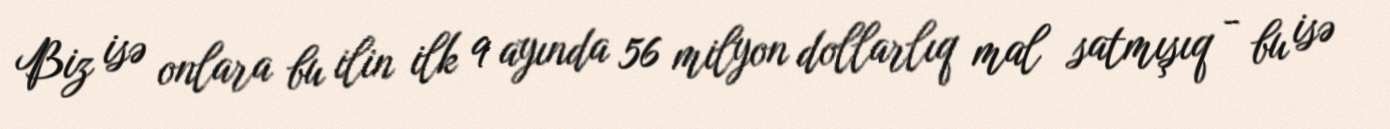
Biz isə onlara bu ilin ilk 9 ayında 56 milyon dollarlıq mal satmışıq - bu isə